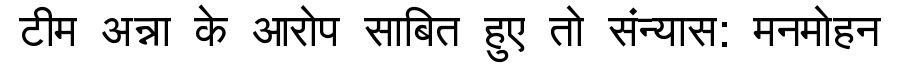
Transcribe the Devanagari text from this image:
टीम अन्ना के आरोप साबित हुए तो संन्यास: मनमोहन